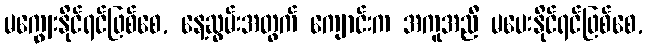
မကျွေးနိုင်ရင်ဖြစ်စေ, နေ့ဆွမ်းအတွက် ကျောင်းက အကူအညီ မပေးနိုင်ရင်ဖြစ်စေ,